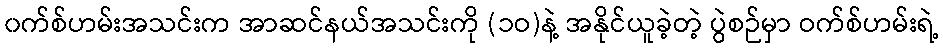
၀က်စ်ဟမ်းအသင်းက အာဆင်နယ်အသင်းကို (၁ဝ)နဲ့ အနိုင်ယူခဲ့တဲ့ ပွဲစဉ်မှာ ဝက်စ်ဟမ်းရဲ့